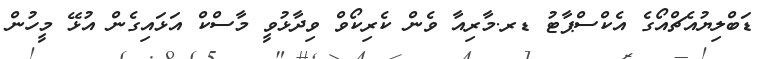
ޑަބްލިޔުއެޗްއޯގެ އެކްސްޕާޓު ޑރ.މާރިއާ ވެން ކެރިކޯވް ވިދާޅުވީ މާސްކް އަޅައިގެން އުޅޭ މީހުން